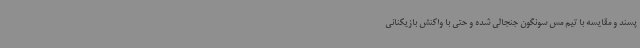
پسند و مقایسه با تیم مس سونگون جنجالی شده و حتی با واکنش بازیکنانی